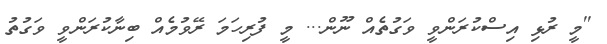
''މީ ރުޅި އިސްކުރަންވީ ވަގުތެއް ނޫން... މީ ފުރިހަމަ ރޭވުމެއް ބިނާކުރަންވީ ވަގުތު